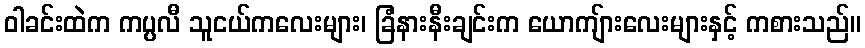
ဝါခင်းထဲက ကပ္ပလီ သူငယ်ကလေးများ၊ ခြံနားနီးချင်းက ယောကျ်ားလေးများနှင့် ကစားသည်။